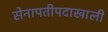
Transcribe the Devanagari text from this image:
सेनापतीपदाखाली